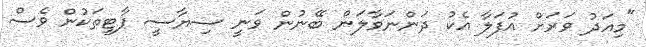
"މިއަދު ވަރަށް އުފަލާ އެކު ދަންނަވާލަން ބޭނުން ވަނީ ސިޔާސީ ޕާޓީތަކުން ވެސް